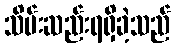
သိမ်းဆည်းရရှိခဲ့သည်